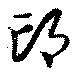
邙